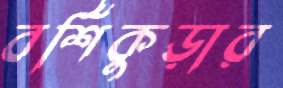
বর্শিকুড়ার